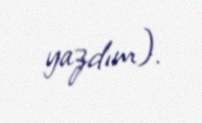
yazdım).